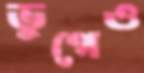
ভুগেও